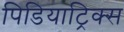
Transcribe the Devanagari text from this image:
पिडियाट्रिक्स